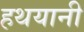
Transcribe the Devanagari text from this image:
हथयानी